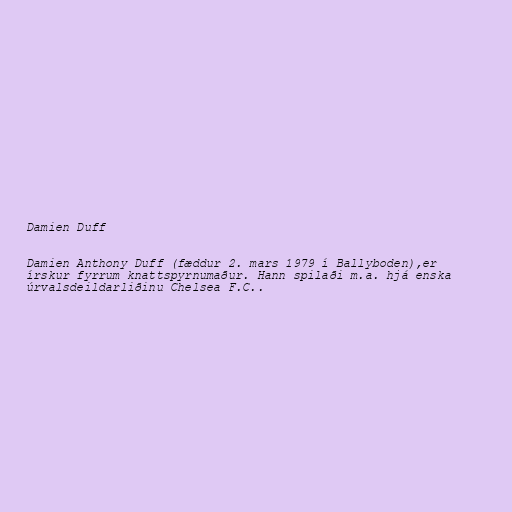
Damien Duff

Damien Anthony Duff (fæddur 2. mars 1979 í Ballyboden),er
írskur fyrrum knattspyrnumaður. Hann spilaði m.a. hjá enska
úrvalsdeildarliðinu Chelsea F.C..